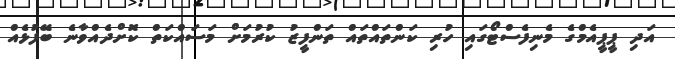
އަދި ޕީޕީއެމްގެ މެނިފެސްޓޯގައި ހުރި ކަންތައްތައް ތަންފީޒު ކުރުމަށް މަސައްކަތް ކޮށްދެއްވާނެ ބޭފުޅެއް